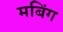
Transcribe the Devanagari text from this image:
मबिंग